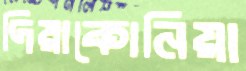
দিয়াকোনিয়া